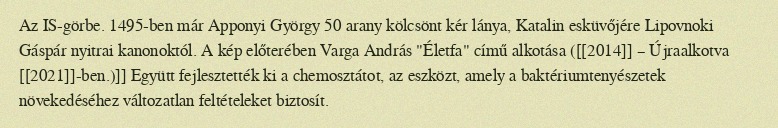
Az IS-görbe. 1495-ben már Apponyi György 50 arany kölcsönt kér lánya, Katalin esküvőjére Lipovnoki Gáspár nyitrai kanonoktól. A kép előterében Varga András "Életfa" című alkotása ([[2014]] – Újraalkotva [[2021]]-ben.)]] Együtt fejlesztették ki a chemosztátot, az eszközt, amely a baktériumtenyészetek növekedéséhez változatlan feltételeket biztosít.